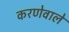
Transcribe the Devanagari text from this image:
करणेवाले